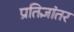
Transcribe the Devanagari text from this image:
प्रतिज्ञांतर